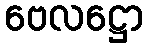
ဗေလဋ္ဌော